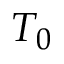
T _ { 0 }